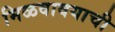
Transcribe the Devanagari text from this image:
मिळवावयाची